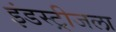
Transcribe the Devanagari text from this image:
इंडस्ट्रीजला